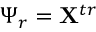
\boldsymbol { \Psi } _ { r } = \mathbf { X } ^ { t r }